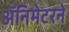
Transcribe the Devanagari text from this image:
ॲनिमेटरने